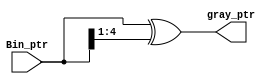
module Bin_to_gray (
    input wire [4:0] Bin_ptr,
    output reg [4:0] gray_ptr
);

reg [4:0] shft_Bin_ptr;

always @(*) 
    begin
        shft_Bin_ptr=Bin_ptr>>1;
        gray_ptr=Bin_ptr ^ shft_Bin_ptr;
    end

endmodule